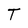
Character: T